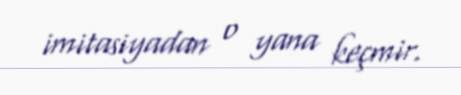
imitasiyadan o yana keçmir.